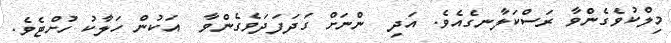
މިލްކުވެގެންވާ ރަސްކަލާނގެއެވެ. އަދި  ންނަށް ގަދަފަދަވެގެންވާ  އަކުން ހަލާކު ހުށްޓެވެ.